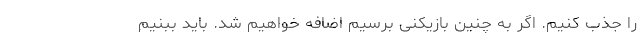
را جذب کنیم. اگر به چنین بازیکنی برسیم اضافه خواهیم شد. باید ببنیم